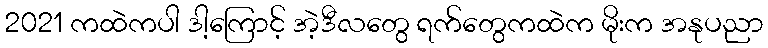
2021 ကထဲကပါ ဒါ့ကြောင့် အဲ့ဒီလတွေ ရက်တွေကထဲက မိုးက အနုပညာ